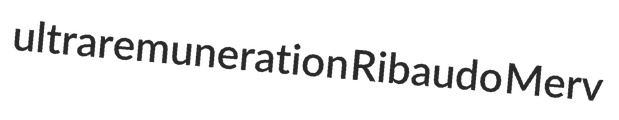
ultraremuneration Ribaudo Merv